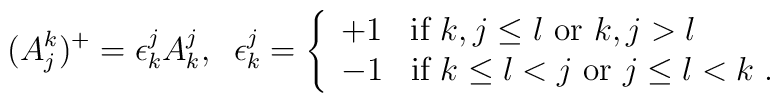
(A_{j}^{k})^{+}=\epsilon_{k}^{j}A_{k}^{j},\; \;\epsilon_{k}^{j}=\left\{\begin{array}{ll}+1 & \mbox{if $k,j\leq l$ or $k,j>l$}\\-1 & \mbox{if $k\leq l<j$ or $j\leq l<k$} \; .\end{array}\right.